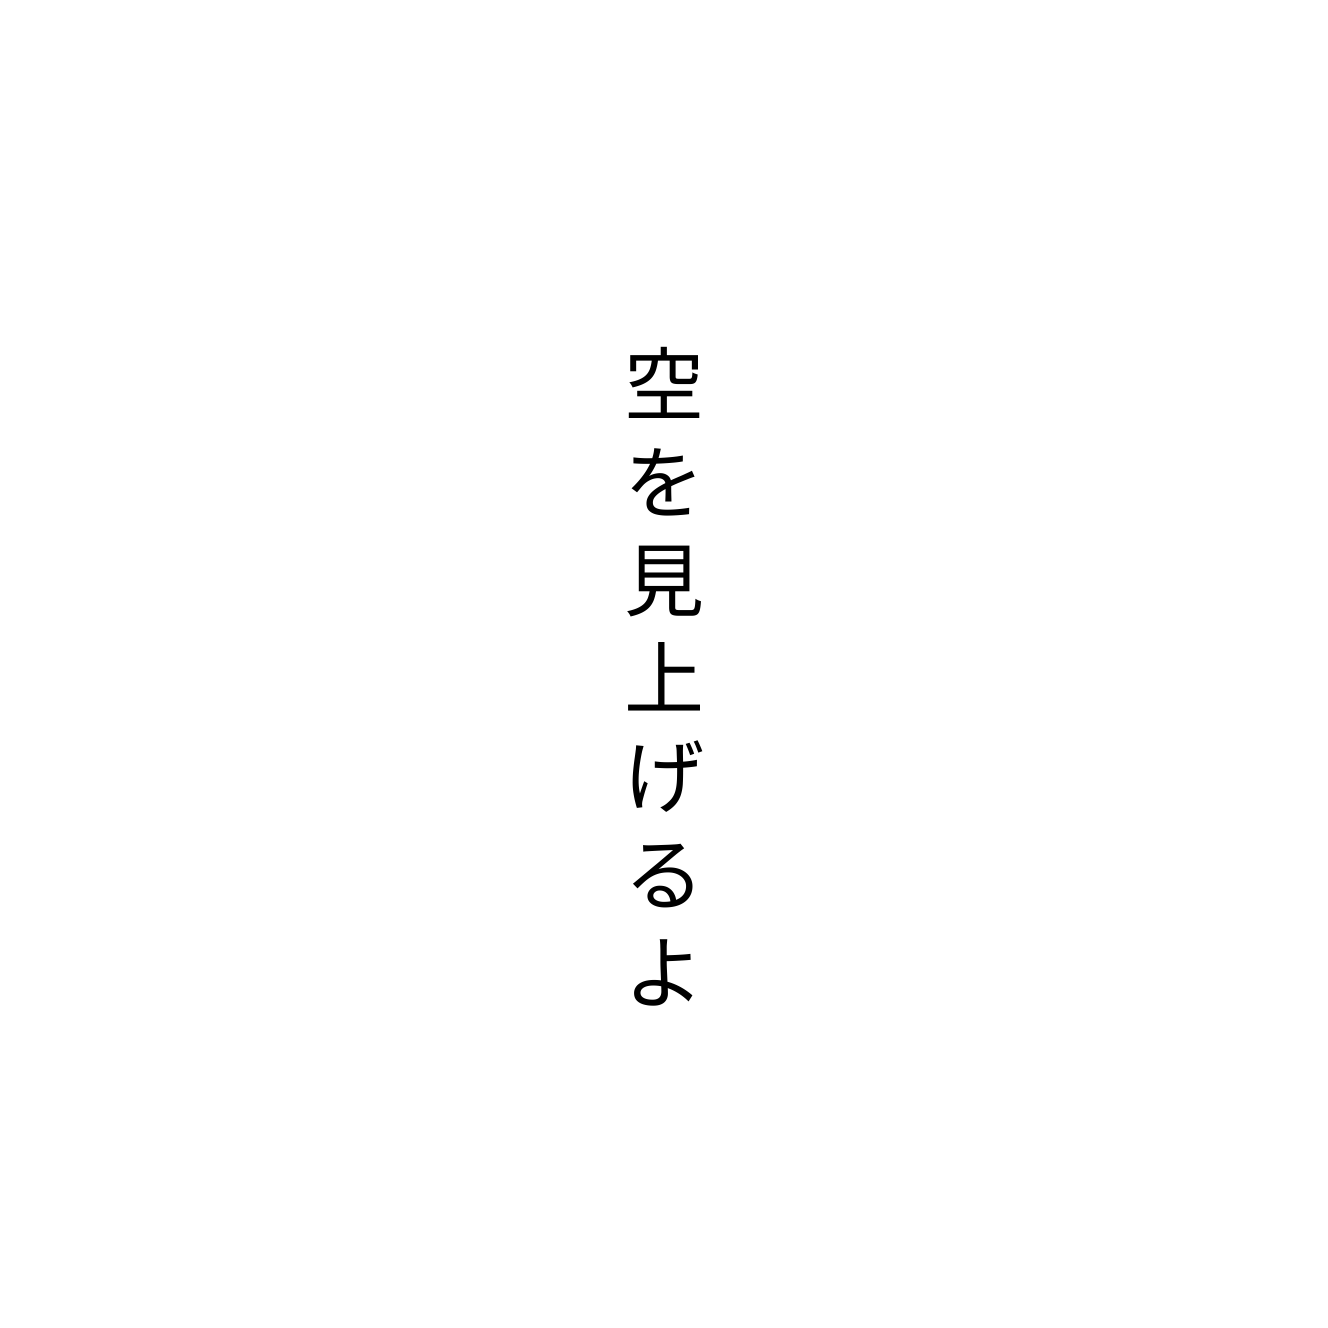
空を見上げるよ